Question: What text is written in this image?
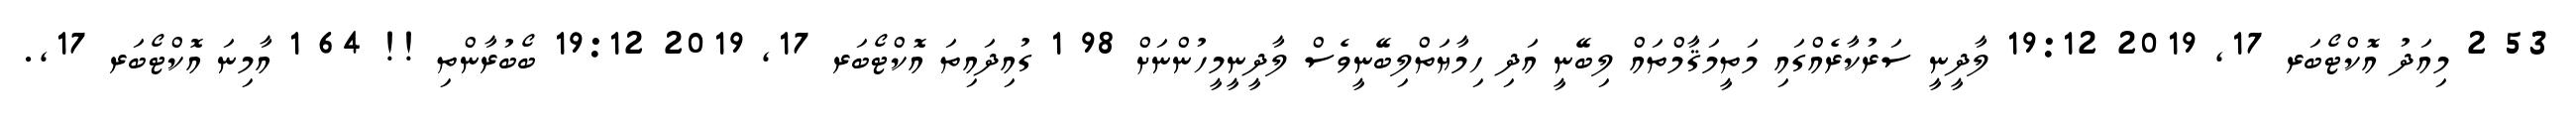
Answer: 53 2 މިއަދު އޮކްޓޯބަރ 17, 2019 19:12 ލާދީނީ ސަރުކާރެއްގައި މަތީމަޤާމްތައް ލިބޭނީ އަދި ހިމާޔަތްލިބޭނީވެސް ލާދީނީމީހުންނަށް 98 1 ގުއިދައިތަ އޮކްޓޯބަރ 17, 2019 19:12 ބޯބުރާންތި !! 64 1 އާމިނަ އޮކްޓޯބަރ 17,.